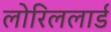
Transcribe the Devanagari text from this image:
लोरिललार्ड